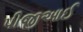
પીજીઆઈ